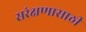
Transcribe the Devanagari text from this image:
सरंक्षणासाठी